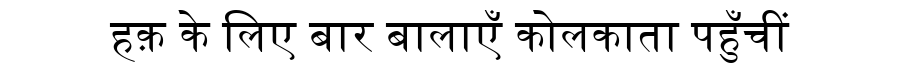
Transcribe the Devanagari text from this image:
हक़ के लिए बार बालाएँ कोलकाता पहुँचीं